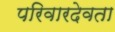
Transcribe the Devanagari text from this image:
परिवारदेवता